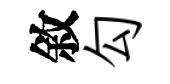
敘勾